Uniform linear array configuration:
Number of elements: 4
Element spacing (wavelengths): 0.5
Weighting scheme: hamming
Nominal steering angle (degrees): -60
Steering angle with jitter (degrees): -60.3
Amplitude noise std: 0.05
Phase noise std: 0.05

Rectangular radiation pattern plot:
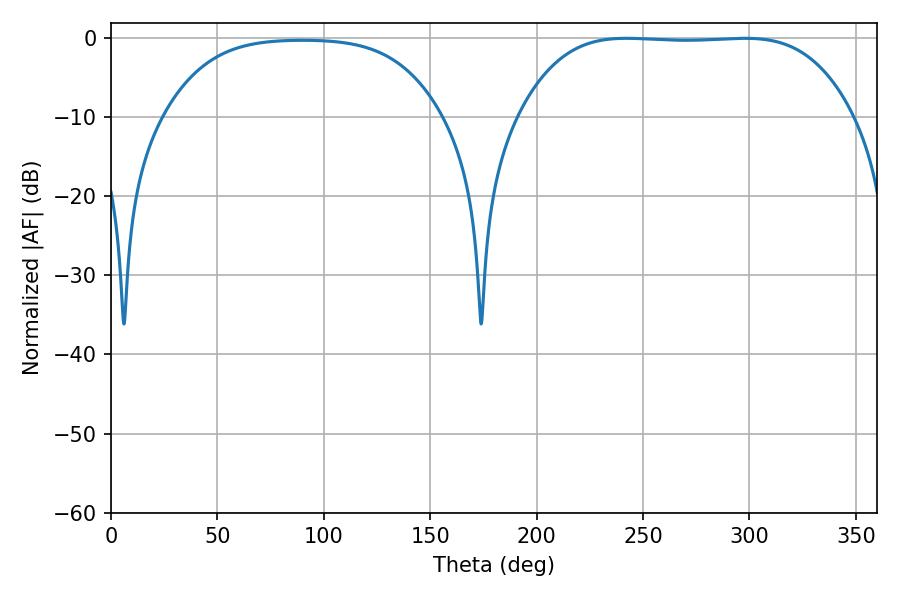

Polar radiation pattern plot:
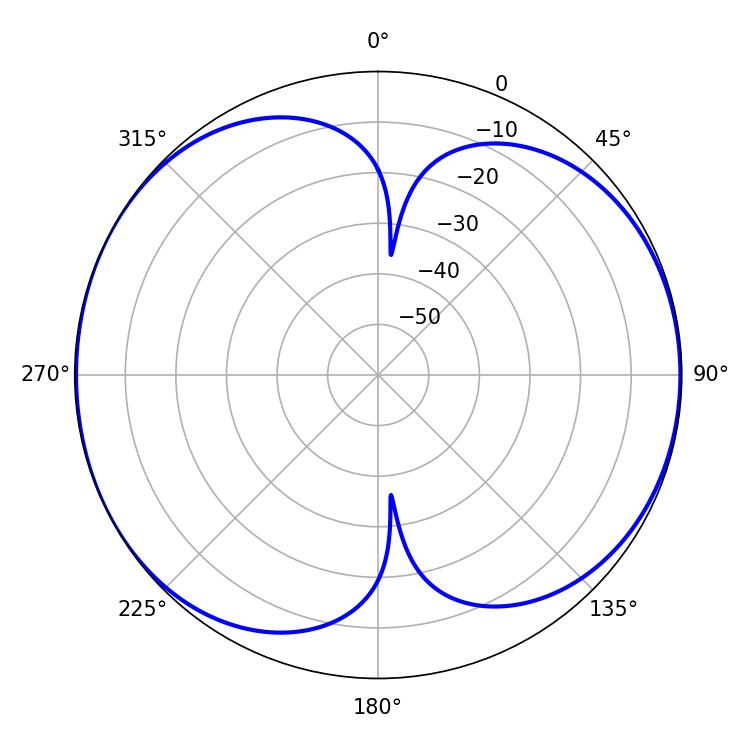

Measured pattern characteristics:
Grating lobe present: FALSE
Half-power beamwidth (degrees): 121.32
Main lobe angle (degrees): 242.28